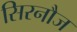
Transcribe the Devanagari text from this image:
सिरनौज